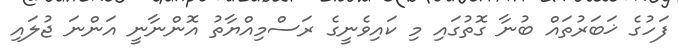
ފަހުގެ ޚަބަރުތައް ބުނާ ގޮތުގައި މި ކައިވެނީގެ ރަސްމިއްޔާތު އޮންނާނީ އަންނަ ޖުލައި